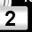
Digit: 2